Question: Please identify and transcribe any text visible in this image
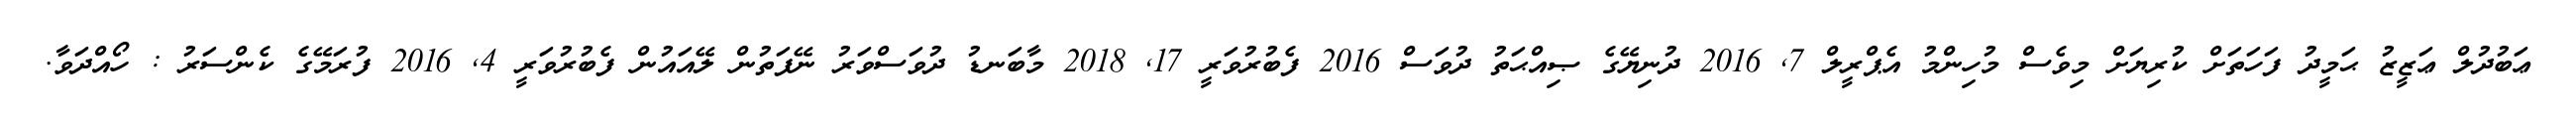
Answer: ޢަބުދުލް ޢަޒީޒު ޙަމީދު ފަހަތަށް ކުރިޔަށް މިވެސް މުހިންމު އެޕްރީލް 7, 2016 ދުނިޔޭގެ ޞިއްޙަތު ދުވަސް 2016 ފެބުރުވަރީ 17, 2018 މާބަނޑު ދުވަސްވަރު ނޭފަތުން ލޭއައުން ފެބުރުވަރީ 4, 2016 ފުރަމޭގެ ކެންސަރު : ހޯއްދަވާ.